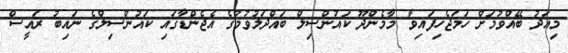
މިއަދު ބޭއްވުމަށް ހަމަޖެހިފައިވާ މާމެންދޫ ކައުންސިލް ބައްދަލުވުމުގެ އެޖެންޑާގައި ކައުންސިލްގެ ނައިބު ރައީސް